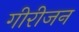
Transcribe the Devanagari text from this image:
गीरीजन